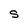
Character: S